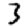
Digit: 3